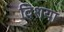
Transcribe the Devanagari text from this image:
दिशया